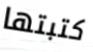
كتبتها